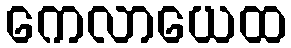
ကေလာယေထ